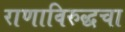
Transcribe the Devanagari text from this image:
राणाविरुद्धचा